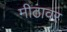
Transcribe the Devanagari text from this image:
मीठावर